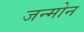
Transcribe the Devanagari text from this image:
जन्मोन